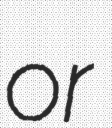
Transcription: or